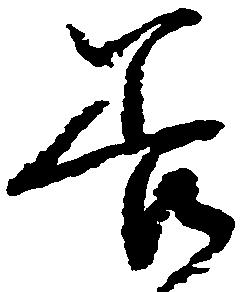
善